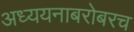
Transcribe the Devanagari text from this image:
अध्ययनाबरोबरच